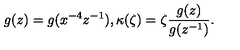
g ( z ) = g ( x ^ { - 4 } z ^ { - 1 } ) , \kappa ( \zeta ) = \zeta \frac { g ( z ) } { g ( z ^ { - 1 } ) } .